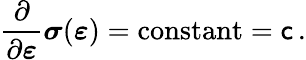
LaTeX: {\frac{\partial}{\partial{\boldsymbol{\varepsilon}}}}{\boldsymbol{\sigma}}({\boldsymbol{\varepsilon}})={\mathrm{constant}}={\mathsf{c}}\, .